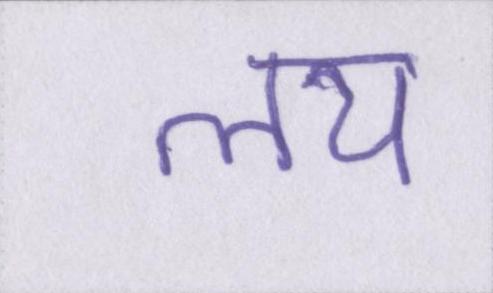
लय